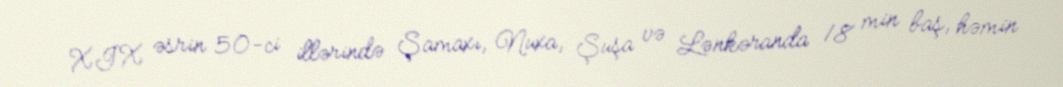
XIX əsrin 50-ci illərində Şamaxı, Nuxa, Şuşa və Lənkəranda 18 min baş, həmin